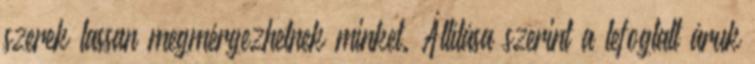
szerek lassan megmérgezhetnek minket. Állítása szerint a lefoglalt áruk